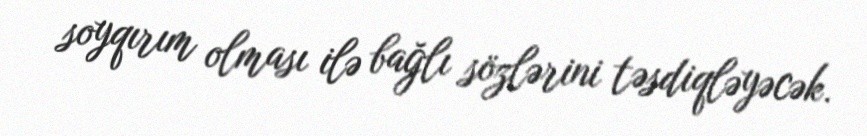
soyqırım olması ilə bağlı sözlərini təsdiqləyəcək.